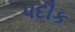
પદૌક